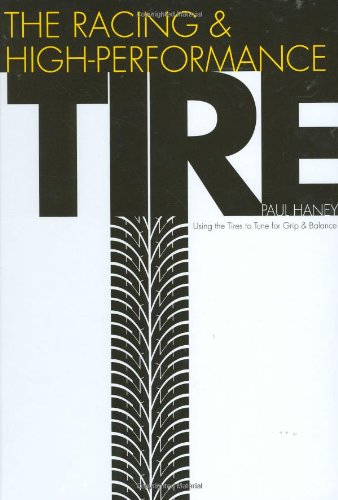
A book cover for The Racing & High-Performance Tire: Using Tires to Tune for Grip & Balance (R-351); Paul Haney; Engineering & Transportation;